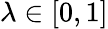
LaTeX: \lambda\in[0,1]